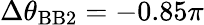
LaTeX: \Delta\theta_{\mathrm{BB2}}=-0.85\pi